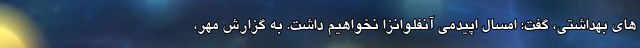
های بهداشتی، گفت: امسال اپیدمی آنفلوانزا نخواهیم داشت. به گزارش مهر،